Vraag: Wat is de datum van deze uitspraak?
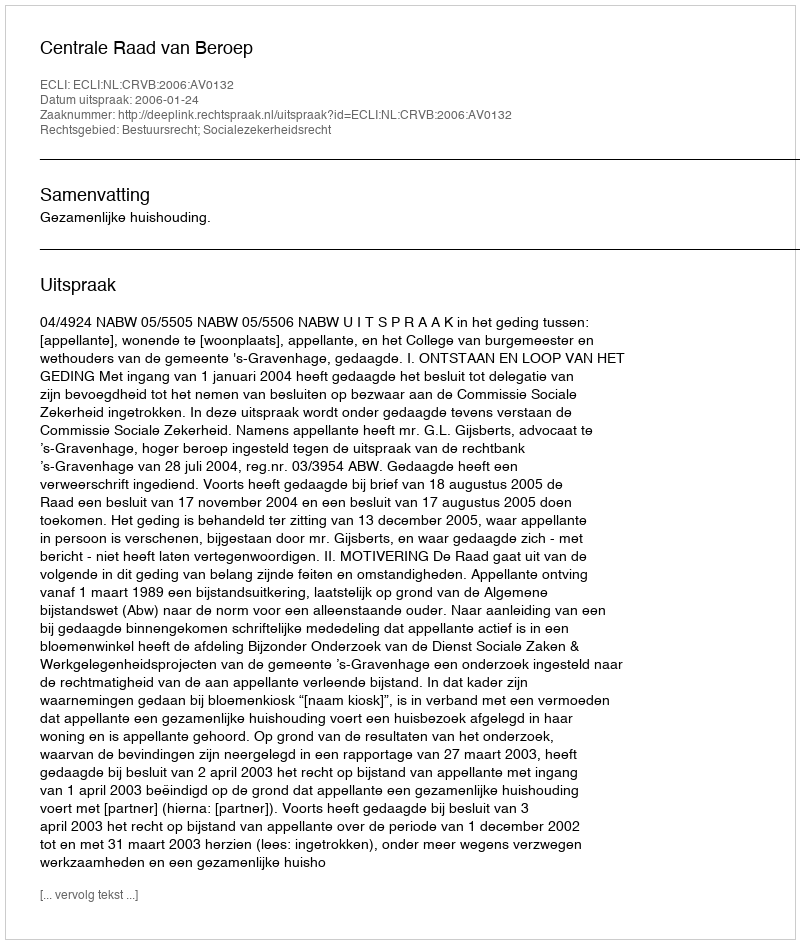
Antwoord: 2006-01-24